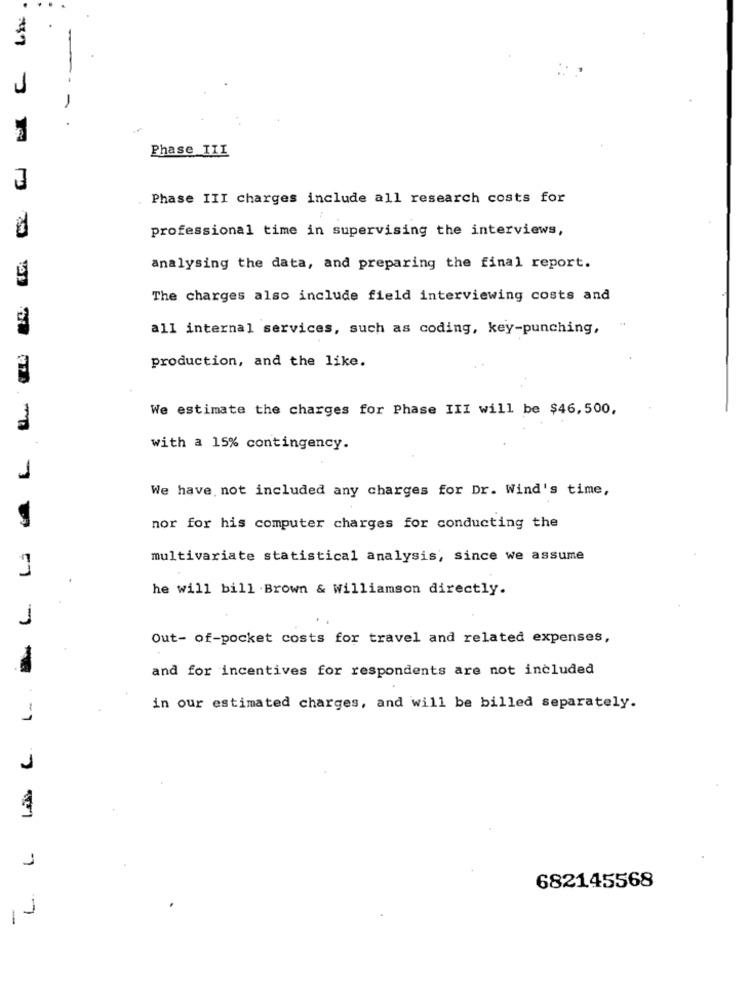
J
-- -
Phase III
Phase III charges include all research costs for
d
professional time in supervising the interviews,
analysing the data, and preparing the final report.
The charges also include field interviewing costs and
all internal services, such as coding, key-punching,
production, and the like.
We estimate the charges for Phase III will be $46,500,
with a 15% contingency.
1
We have not included any charges for Dr. Wind's time,
nor for his computer charges for conducting the
LJ
multivariate statistical analysis, since we assume
he will bill .Brown & Williamson directly.
1
L. L .. .
Out- of-pocket costs for travel and related expenses,
and for incentives for respondents are not included
in our estimated charges, and will be billed separately.
1
1
682145568
1
1